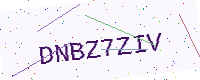
Text: DNBZ7ZIV